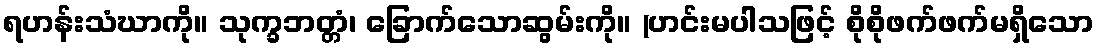
ရဟန်းသံဃာကို။ သုက္ခဘတ္တံ၊ ခြောက်သောဆွမ်းကို။ (ဟင်းမပါသဖြင့် စိုစိုဖက်ဖက်မရှိသော